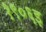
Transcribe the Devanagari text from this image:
१९०६इ